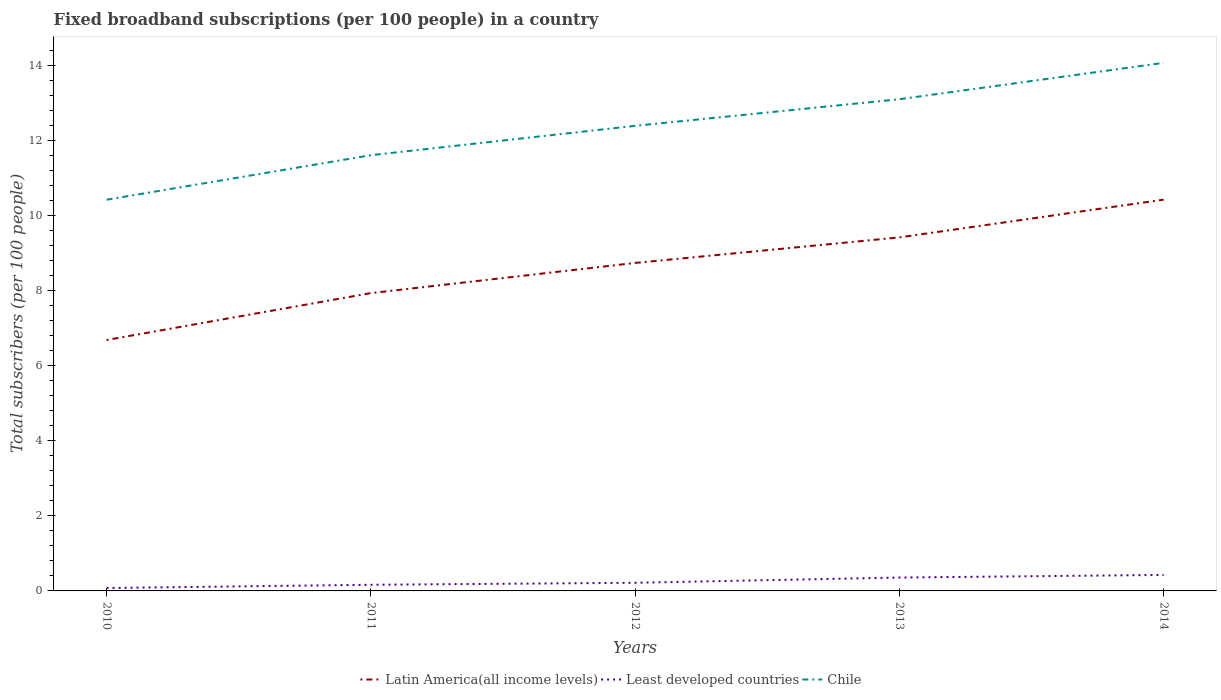
| Years | Latin America(all income levels) | Least developed countries | Chile |
 | --- | --- | --- | --- |
 | 2010 | 6.69 | 0.0775 | 10.4 |
 | 2011 | 7.94 | 0.164 | 11.6 |
 | 2012 | 8.75 | 0.217 | 12.4 |
 | 2013 | 9.43 | 0.357 | 13.1 |
 | 2014 | 10.4 | 0.427 | 14.1 |